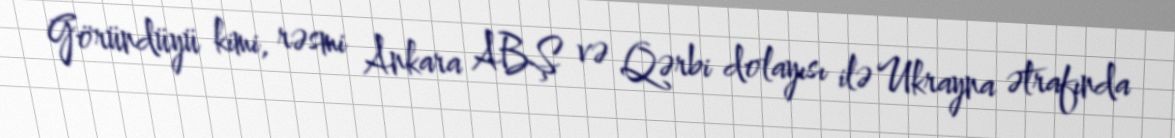
Göründüyü kimi, rəsmi Ankara ABŞ və Qərbi dolayısı ilə Ukrayna ətrafında